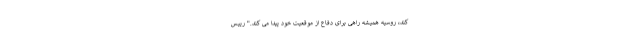
کند، روسیه همیشه راهی برای دفاع از موقعیت خود پیدا می کند." رییس